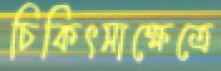
চিকিৎসাক্ষেত্রে